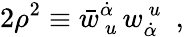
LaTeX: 2\rho^{2}\equiv\bar{w}_{~u}^{\dot{\alpha}}\, w_{\dot{\alpha}}^{~u}~~,